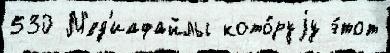
530 М'ед'иафайлы кото́руjу э́тот